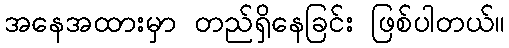
အနေအထားမှာ တည်ရှိနေခြင်း ဖြစ်ပါတယ်။